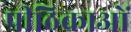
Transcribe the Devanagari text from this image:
पीठिकाओं